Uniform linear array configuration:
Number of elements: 4
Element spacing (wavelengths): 0.25
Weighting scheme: exponential
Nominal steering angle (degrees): -60
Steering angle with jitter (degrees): -61.571
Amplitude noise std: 0.05
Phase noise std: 0.05

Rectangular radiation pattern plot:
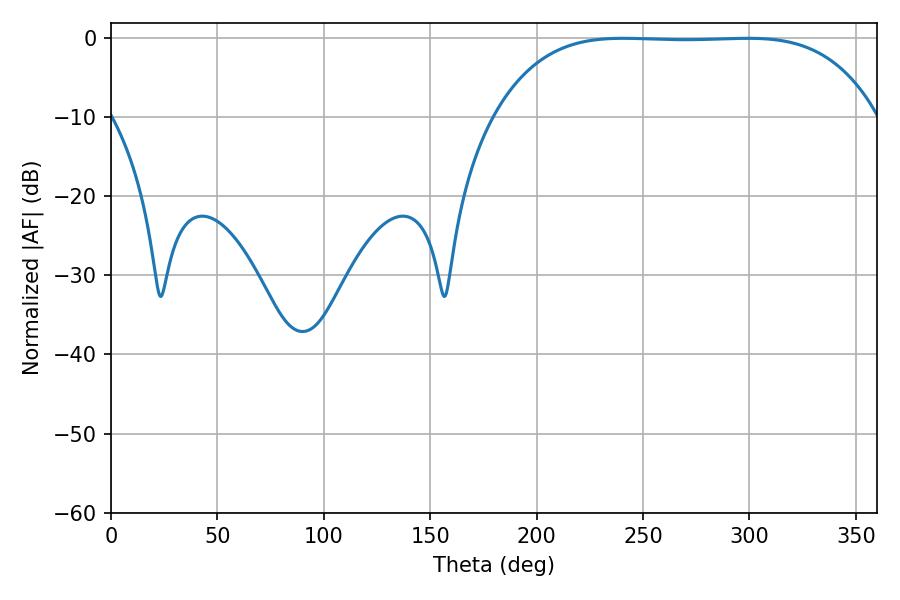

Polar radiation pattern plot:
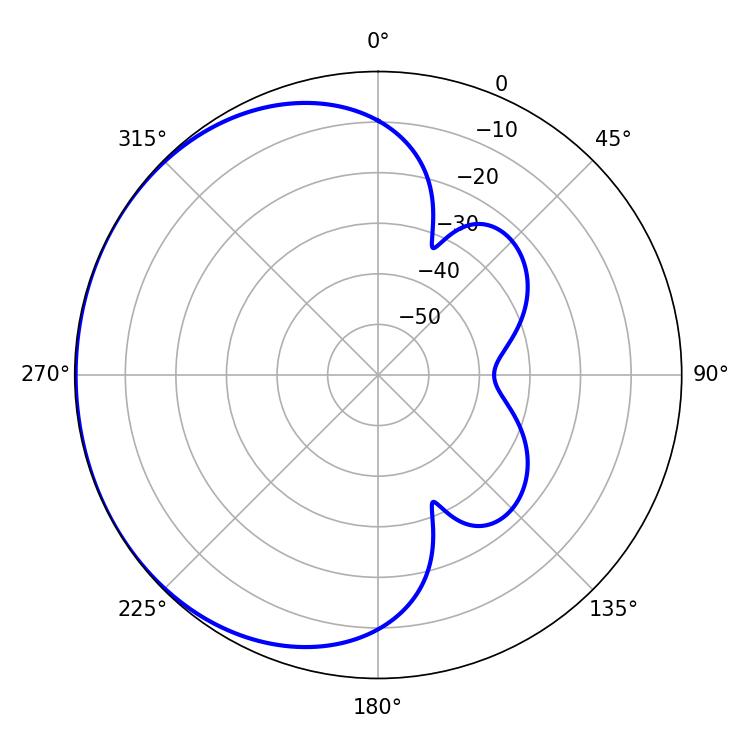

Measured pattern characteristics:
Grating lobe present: FALSE
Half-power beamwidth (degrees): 138.6
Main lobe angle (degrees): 240.66